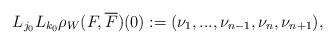
LaTeX: \begin{align*}L_{j_{0}}L_{k_{0}}\rho_{W}(F, \overline{F})(0):=(\nu_{1}, ..., \nu_{n-1}, \nu_{n}, \nu_{n+1}), \end{align*}